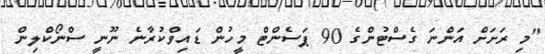
"މި ރަށަށް އަންނަ ގެސްޓުންގެ 90 ޕަސެންޓް މީހުން ޑައިވްކުރާނެ ނޫނީ ސްނޯކްލިން